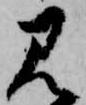
見